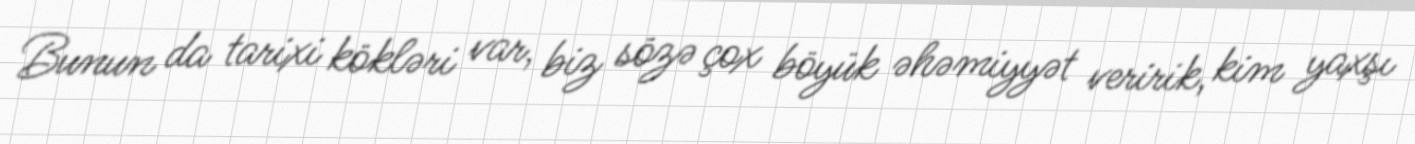
Bunun da tarixi kökləri var, biz sözə çox böyük əhəmiyyət veririk, kim yaxşı